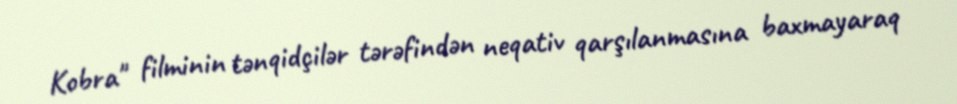
Kobra" filminin tənqidçilər tərəfindən neqativ qarşılanmasına baxmayaraq